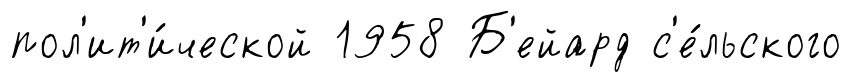
пол'ит'и́ческой 1958 Б'ейард с'е́льского